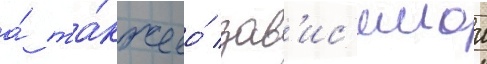
а́ та́кже ео́ зав'ис'имои